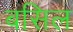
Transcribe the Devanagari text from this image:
बसिल